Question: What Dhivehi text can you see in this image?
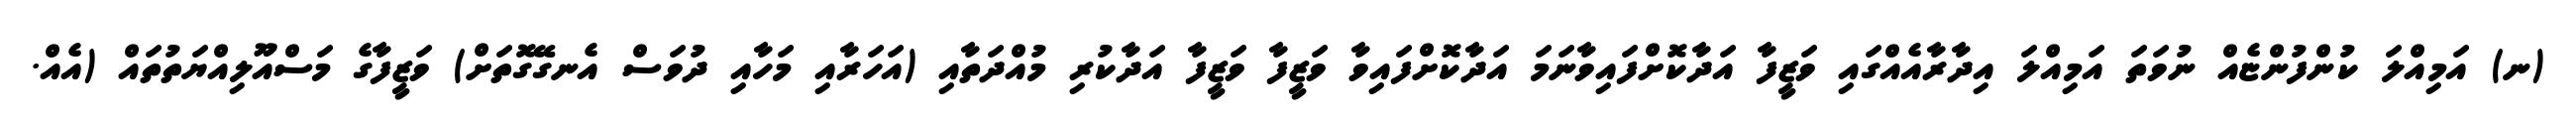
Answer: (ނ) އަމިއްލަ ކުންފުންޏެއް ނުވަތަ އަމިއްލަ އިދާރާއެއްގައި ވަޒީފާ އަދާކޮށްފައިވާނަމަ އަދާކޮށްފައިވާ ވަޒީފާ ވަޒީފާ އަދާކުރި މުއްދަތާއި (އަހަރާއި މަހާއި ދުވަސް އެނގޭގޮތަށް) ވަޒީފާގެ މަސްއޫލިއްޔަތުތައް (އެއް.